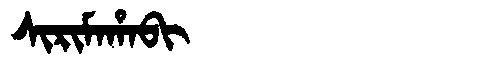
Manchu: ᠰᡳᡵᡳᠮᠠᡥᠠᠪᡳ
Romanization: SIRIMAHABI